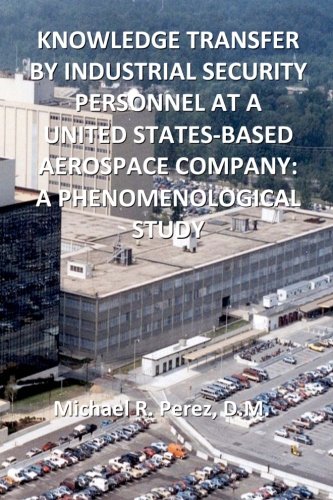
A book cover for Knowledge Transfer By Industrial Security Personnel At A United States-Based Aerospace Company: A Phenomenological Study; Michael R. Perez D.M.; Business & Money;